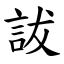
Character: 詙